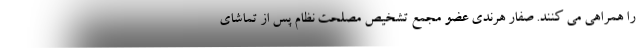
را همراهی می کنند. صفار هرندی عضو مجمع تشخیص مصلحت نظام پس از تماشای